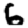
Digit: 6